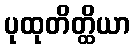
ပုထုတိတ္ထိယာ